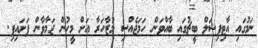
ނަމުގައި އާޓިފިޝަލް ބީޗުގައި ބާއްވަން ހަމަޖެއްސި މުޒާހަރާ އަށް މީހުން ޖަމާވާން ފަށައިފި.